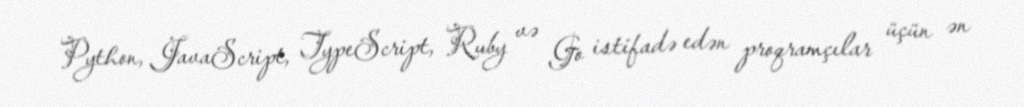
Python, JavaScript, TypeScript, Ruby və Go istifadə edən proqramçılar üçün ən